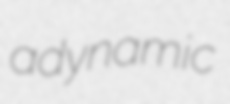
adynamic